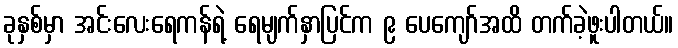
ခုနှစ်မှာ အင်းလေးရေကန်ရဲ့ ရေမျက်နှာပြင်က ၉ ပေကျော်အထိ တက်ခဲ့ဖူးပါတယ်။